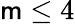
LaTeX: \mathsf{m}\le4